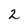
Character: 2